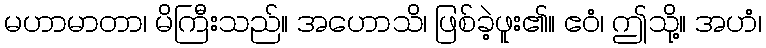
မဟာမာတာ၊ မိကြီးသည်။ အဟောသိ၊ ဖြစ်ခဲ့ဖူး၏။ ဧဝံ၊ ဤသို့။ အဟံ၊